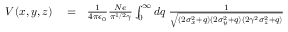
\begin{array} { r l r } { V ( x , y , z ) } & { { } = } & { \frac { 1 } { 4 \pi \epsilon _ { 0 } } \frac { N e } { \pi ^ { 1 / 2 } \gamma } \int _ { 0 } ^ { \infty } d q \; \frac { 1 } { \sqrt { ( 2 \sigma _ { x } ^ { 2 } + q ) ( 2 \sigma _ { y } ^ { 2 } + q ) ( 2 \gamma ^ { 2 } \sigma _ { z } ^ { 2 } + q ) } } } \end{array}